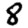
Digit: 8